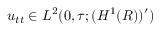
u _ { t t } \in L ^ { 2 } ( 0 , \tau ; ( H ^ { 1 } ( R ) ) ^ { \prime } )